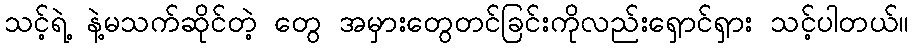
သင့်ရဲ့ နဲ့မသက်ဆိုင်တဲ့ တွေ အမှားတွေတင်ခြင်းကိုလည်းရှောင်ရှား သင့်ပါတယ်။